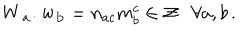
{ \bf W _ { a } . w _ { b } } = n _ { a c } m _ { b } ^ { c } \in { \cal Z } \forall a , b \, .